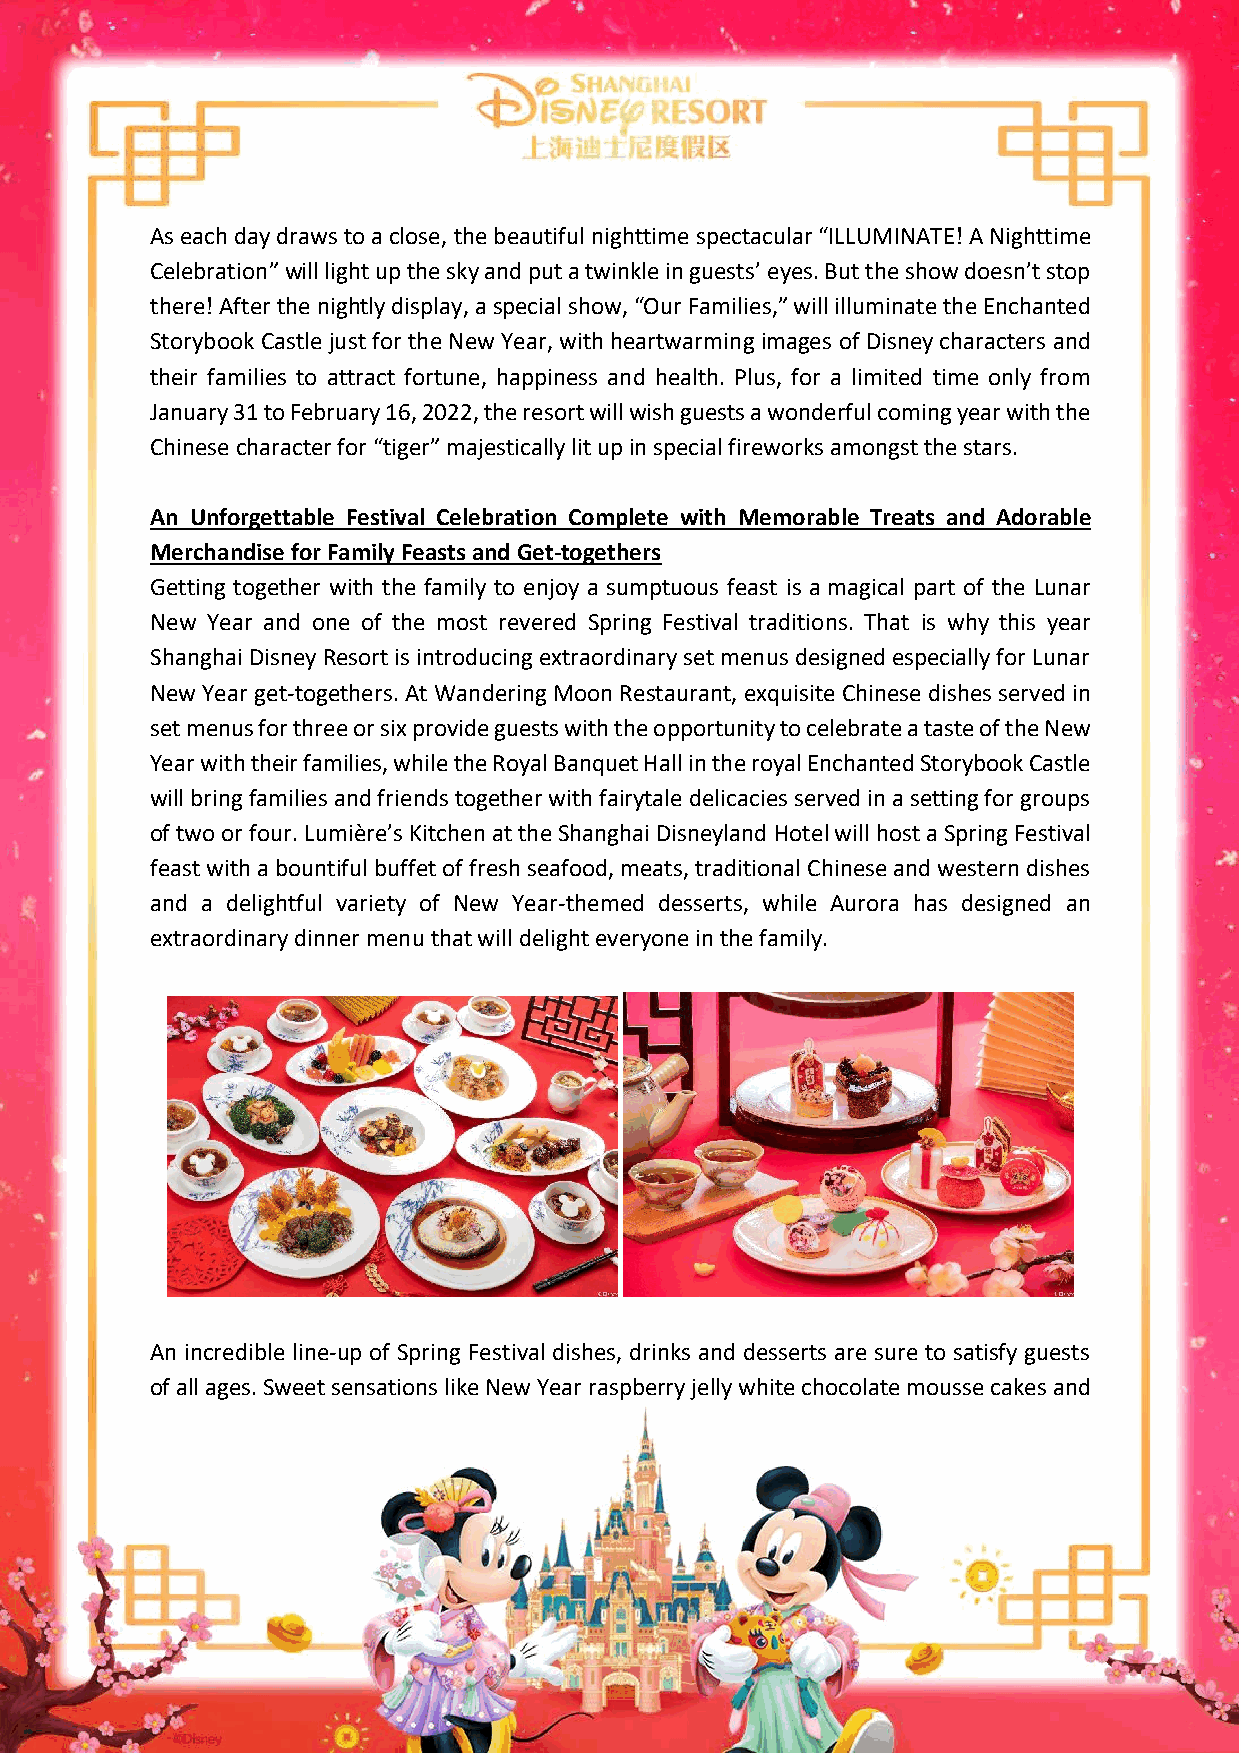
As each day draws to a close, the beautiful nighttime spectacular “ILLUMINATE! A Nighttime
 Celebration” will light up the sky and put a twinkle in guests’ eyes. But the show doesn’t stop
 there! After the nightly display, a special show, “Our Families,” will illuminate the Enchanted
 Storybook Castle just for the New Year, with heartwarming images of Disney characters and
 their families to attract fortune, happiness and health. Plus, for a limited time only from
 January 31 to February 16, 2022, the resort will wish guests a wonderful coming year with the
 Chinese character for “tiger” majestically lit up in special fireworks amongst the stars.
 An Unforgettable Festival Celebration Complete with Memorable Treats and Adorable
 Merchandise for Family Feasts and Get-togethers
 Getting together with the family to enjoy a sumptuous feast is a magical part of the Lunar
 New Year and one of the most revered Spring Festival traditions. That is why this year
 Shanghai Disney Resort is introducing extraordinary set menus designed especially for Lunar
 New Year get-togethers. At Wandering Moon Restaurant, exquisite Chinese dishes served in
 set menus for three or six provide guests with the opportunity to celebrate a taste of the New
 Year with their families, while the Royal Banquet Hall in the royal Enchanted Storybook Castle
 will bring families and friends together with fairytale delicacies served in a setting for groups
 of two or four. Lumière’s Kitchen at the Shanghai Disneyland Hotel will host a Spring Festival
 feast with a bountiful buffet of fresh seafood, meats, traditional Chinese and western dishes
 and a delightful variety of New Year-themed desserts, while Aurora has designed an
 extraordinary dinner menu that will delight everyone in the family.
 An incredible line-up of Spring Festival dishes, drinks and desserts are sure to satisfy guests
 of all ages. Sweet sensations like New Year raspberry jelly white chocolate mousse cakes and